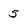
Character: 5